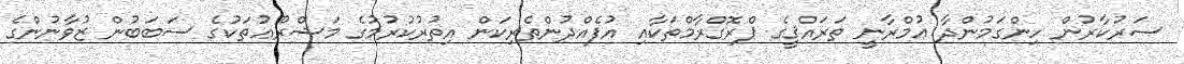
ސަރުކާރުން ހިންގަމުންދާ ޢުމްރާނީ ތަރައްޤީގެ ޕްރޮގްރާމްތަކާއި އުފެއްދުންތެރިކަން އިތުރުކުރުމުގެ މަޝްރޫޢުތަކުގެ ސަބަބުން ޒުވާނުންގެ